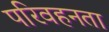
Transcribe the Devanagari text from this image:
परिवहनता